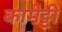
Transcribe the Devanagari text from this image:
कामेट्टी